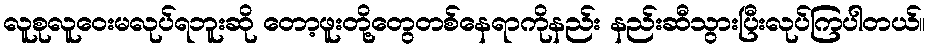
လူစုလူဝေးမလုပ်ရဘူးဆို တော့ဖူးတို့တွေတစ်နေရာကိုနည်း နည်းဆီသွားပြီးလုပ်ကြပါတယ်။